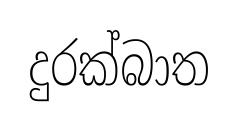
දුරක්බාත